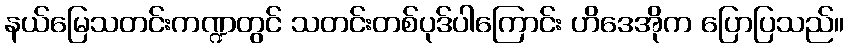
နယ်မြေသတင်းကဏ္ဍတွင် သတင်းတစ်ပုဒ်ပါကြောင်း ဟိဒေအိုက ပြောပြသည်။